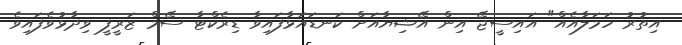
އިތުރު ހަމަލާއެއް" އައިސީޖޭ އިން އޭޝިޔާއަށް ކަނޑައަޅާފައިވާ ޑިރެކްޓާ ސޭމް ޒަރީފީ ވިދާޅުވެފައިވެ